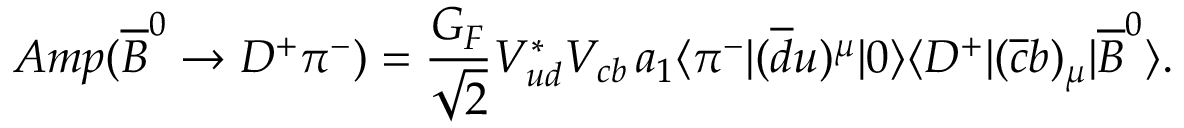
A m p ( \overline { { B } } ^ { 0 } \to D ^ { + } \pi ^ { - } ) = { \frac { G _ { F } } { \sqrt 2 } } V _ { u d } ^ { * } V _ { c b } \, a _ { 1 } \langle \pi ^ { - } | ( \overline { { d } } u ) ^ { \mu } | 0 \rangle \langle D ^ { + } | ( \overline { { c } } b ) _ { \mu } | \overline { { B } } ^ { 0 } \rangle .